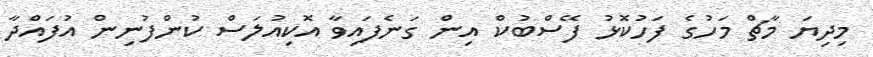
މިދިޔަ މާޗް މަހުގެ ފަހުކޮޅު ފޭސްބުކް އިން ގަނެފައިވާ އޮކިއުލަސް ކުންފުނިން އުފައްދާ